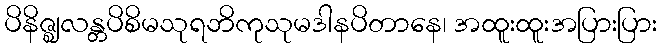
ပိနိဇ္ဈလန္တပိစိမသုရဘိကုသုမဒါနပိတာနေ၊ အထူးထူးအပြားပြား